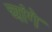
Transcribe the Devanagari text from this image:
चांगे